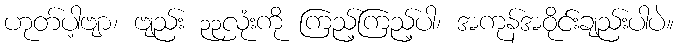
ဟုတ်ပါ့ဗျာ၊ ဗျည်း ၃၃လုံးကို ကြည့်ကြည့်ပါ၊ အကုန်အဝိုင်းချည်းပါပဲ။